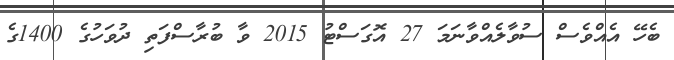
ބެހޭ އެއްވެސް ސުވާލެއްވާނަމަ 27 އޮގަސްޓު 2015 ވާ ބުރާސްފަތި ދުވަހުގެ 1400ގެ